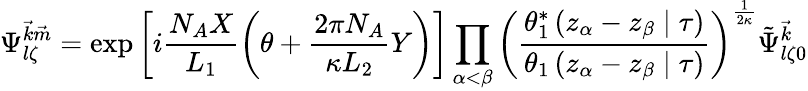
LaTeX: \Psi_{l\zeta}^{{\vec{k}}{\vec{m}}}=\exp\left[i\frac{N_{A}X}{L_{1}}\left(\theta+\frac{2\pi N_{A}}{\kappa L_{2}}Y\right)\right]\prod_{\alpha<\beta}\left(\frac{\theta_{1}^{\ast}\left(z_{\alpha}-z_{\beta}\mid\tau\right)}{\theta_{1}\left(z_{\alpha}-z_{\beta}\mid\tau\right)}\right)^{\frac{1}{2\kappa}}\tilde{\Psi}_{l\zeta 0}^{{\vec{k}}}